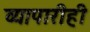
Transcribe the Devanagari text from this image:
व्यापारीही